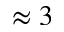
\approx 3